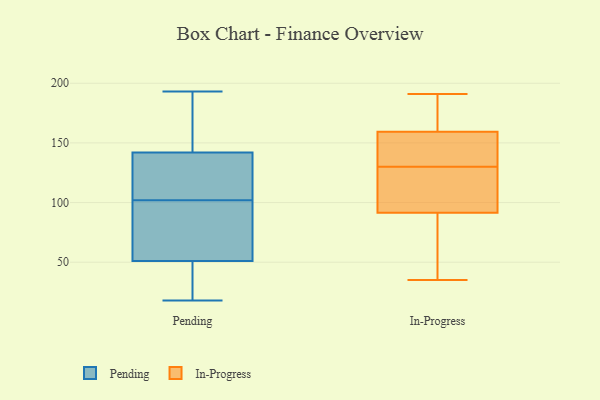
{"axis": {"x": "Budget (USD K)", "y": "Value"}, "legend": ["In-Progress", "Pending"], "data": [{"x": "", "y": 77, "type": "Pending"}, {"x": "", "y": 130, "type": "Pending"}, {"x": "", "y": 43, "type": "Pending"}, {"x": "", "y": 89, "type": "Pending"}, {"x": "", "y": 157, "type": "Pending"}, {"x": "", "y": 74, "type": "Pending"}, {"x": "", "y": 103, "type": "Pending"}, {"x": "", "y": 193, "type": "Pending"}, {"x": "", "y": 18, "type": "Pending"}, {"x": "", "y": 101, "type": "Pending"}, {"x": "", "y": 192, "type": "Pending"}, {"x": "", "y": 46, "type": "Pending"}, {"x": "", "y": 27, "type": "Pending"}, {"x": "", "y": 155, "type": "Pending"}, {"x": "", "y": 142, "type": "Pending"}, {"x": "", "y": 141, "type": "Pending"}, {"x": "", "y": 119, "type": "Pending"}, {"x": "", "y": 51, "type": "Pending"}, {"x": "", "y": 135, "type": "In-Progress"}, {"x": "", "y": 191, "type": "In-Progress"}, {"x": "", "y": 154, "type": "In-Progress"}, {"x": "", "y": 130, "type": "In-Progress"}, {"x": "", "y": 182, "type": "In-Progress"}, {"x": "", "y": 105, "type": "In-Progress"}, {"x": "", "y": 73, "type": "In-Progress"}, {"x": "", "y": 35, "type": "In-Progress"}, {"x": "", "y": 189, "type": "In-Progress"}, {"x": "", "y": 118, "type": "In-Progress"}, {"x": "", "y": 53, "type": "In-Progress"}, {"x": "", "y": 87, "type": "In-Progress"}, {"x": "", "y": 161, "type": "In-Progress"}, {"x": "", "y": 123, "type": "In-Progress"}, {"x": "", "y": 144, "type": "In-Progress"}]}